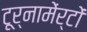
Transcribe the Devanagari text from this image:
टूर्नामेंर्टों